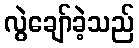
လွဲချော်ခဲ့သည်